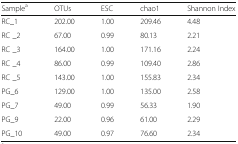
| Samplea | OTUs | ESC | chao1 | Shannon Index |
 | --- | --- | --- | --- | --- |
 | RC_1 | 202.00 | 1.00 | 209.46 | 4.48 |
 | RC _2 | 67.00 | 0.99 | 80.13 | 2.21 |
 | RC _3 | 164.00 | 1.00 | 171.16 | 2.24 |
 | RC _4 | 86.00 | 0.99 | 109.40 | 2.86 |
 | RC _5 | 143.00 | 1.00 | 155.83 | 2.34 |
 | PG_6 | 129.00 | 1.00 | 135.00 | 2.58 |
 | PG_7 | 49.00 | 0.99 | 56.33 | 1.90 |
 | PG_9 | 22.00 | 0.96 | 61.00 | 2.29 |
 | PG_10 | 49.00 | 0.97 | 76.60 | 2.34 |